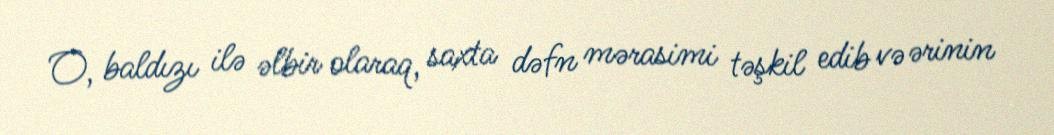
O, baldızı ilə əlbir olaraq, saxta dəfn mərasimi təşkil edib və ərinin